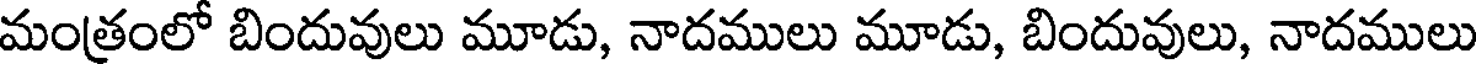
మంత్రంలో బిందువులు మూడు, నాదములు మూడు, బిందువులు, నాదములు